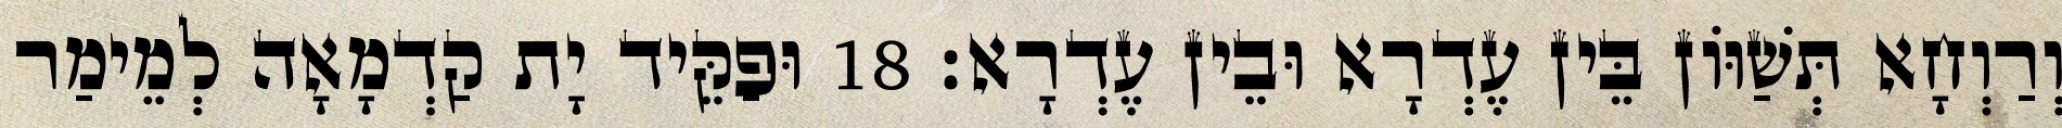
וְרַוְחָא תְּשַׁוּוֹן בֵּין עֶדְרָא וּבֵין עֶדְרָא׃ 18 וּפַקֵּיד יָת קַדְמָאָה לְמֵימַר